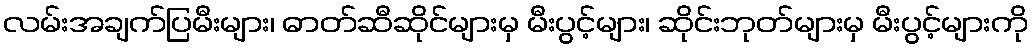
လမ်းအချက်ပြမီးများ၊ ဓာတ်ဆီဆိုင်များမှ မီးပွင့်များ၊ ဆိုင်းဘုတ်များမှ မီးပွင့်များကို